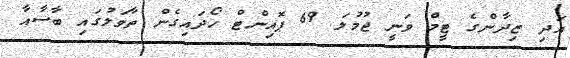
އަދި ޒިދާންގެ ޓީމް ވަނީ ޖުމުލަ 69 ޕޮއިންޓް ހޯދައިގެން ތާވަލުގައި ބާސާއާ